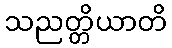
သညတ္တိယာတိ